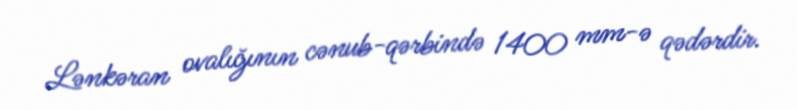
Lənkəran ovalığının cənub-qərbində 1400 mm-ə qədərdir.